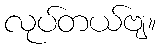
လုပ်တယ်ဗျ။